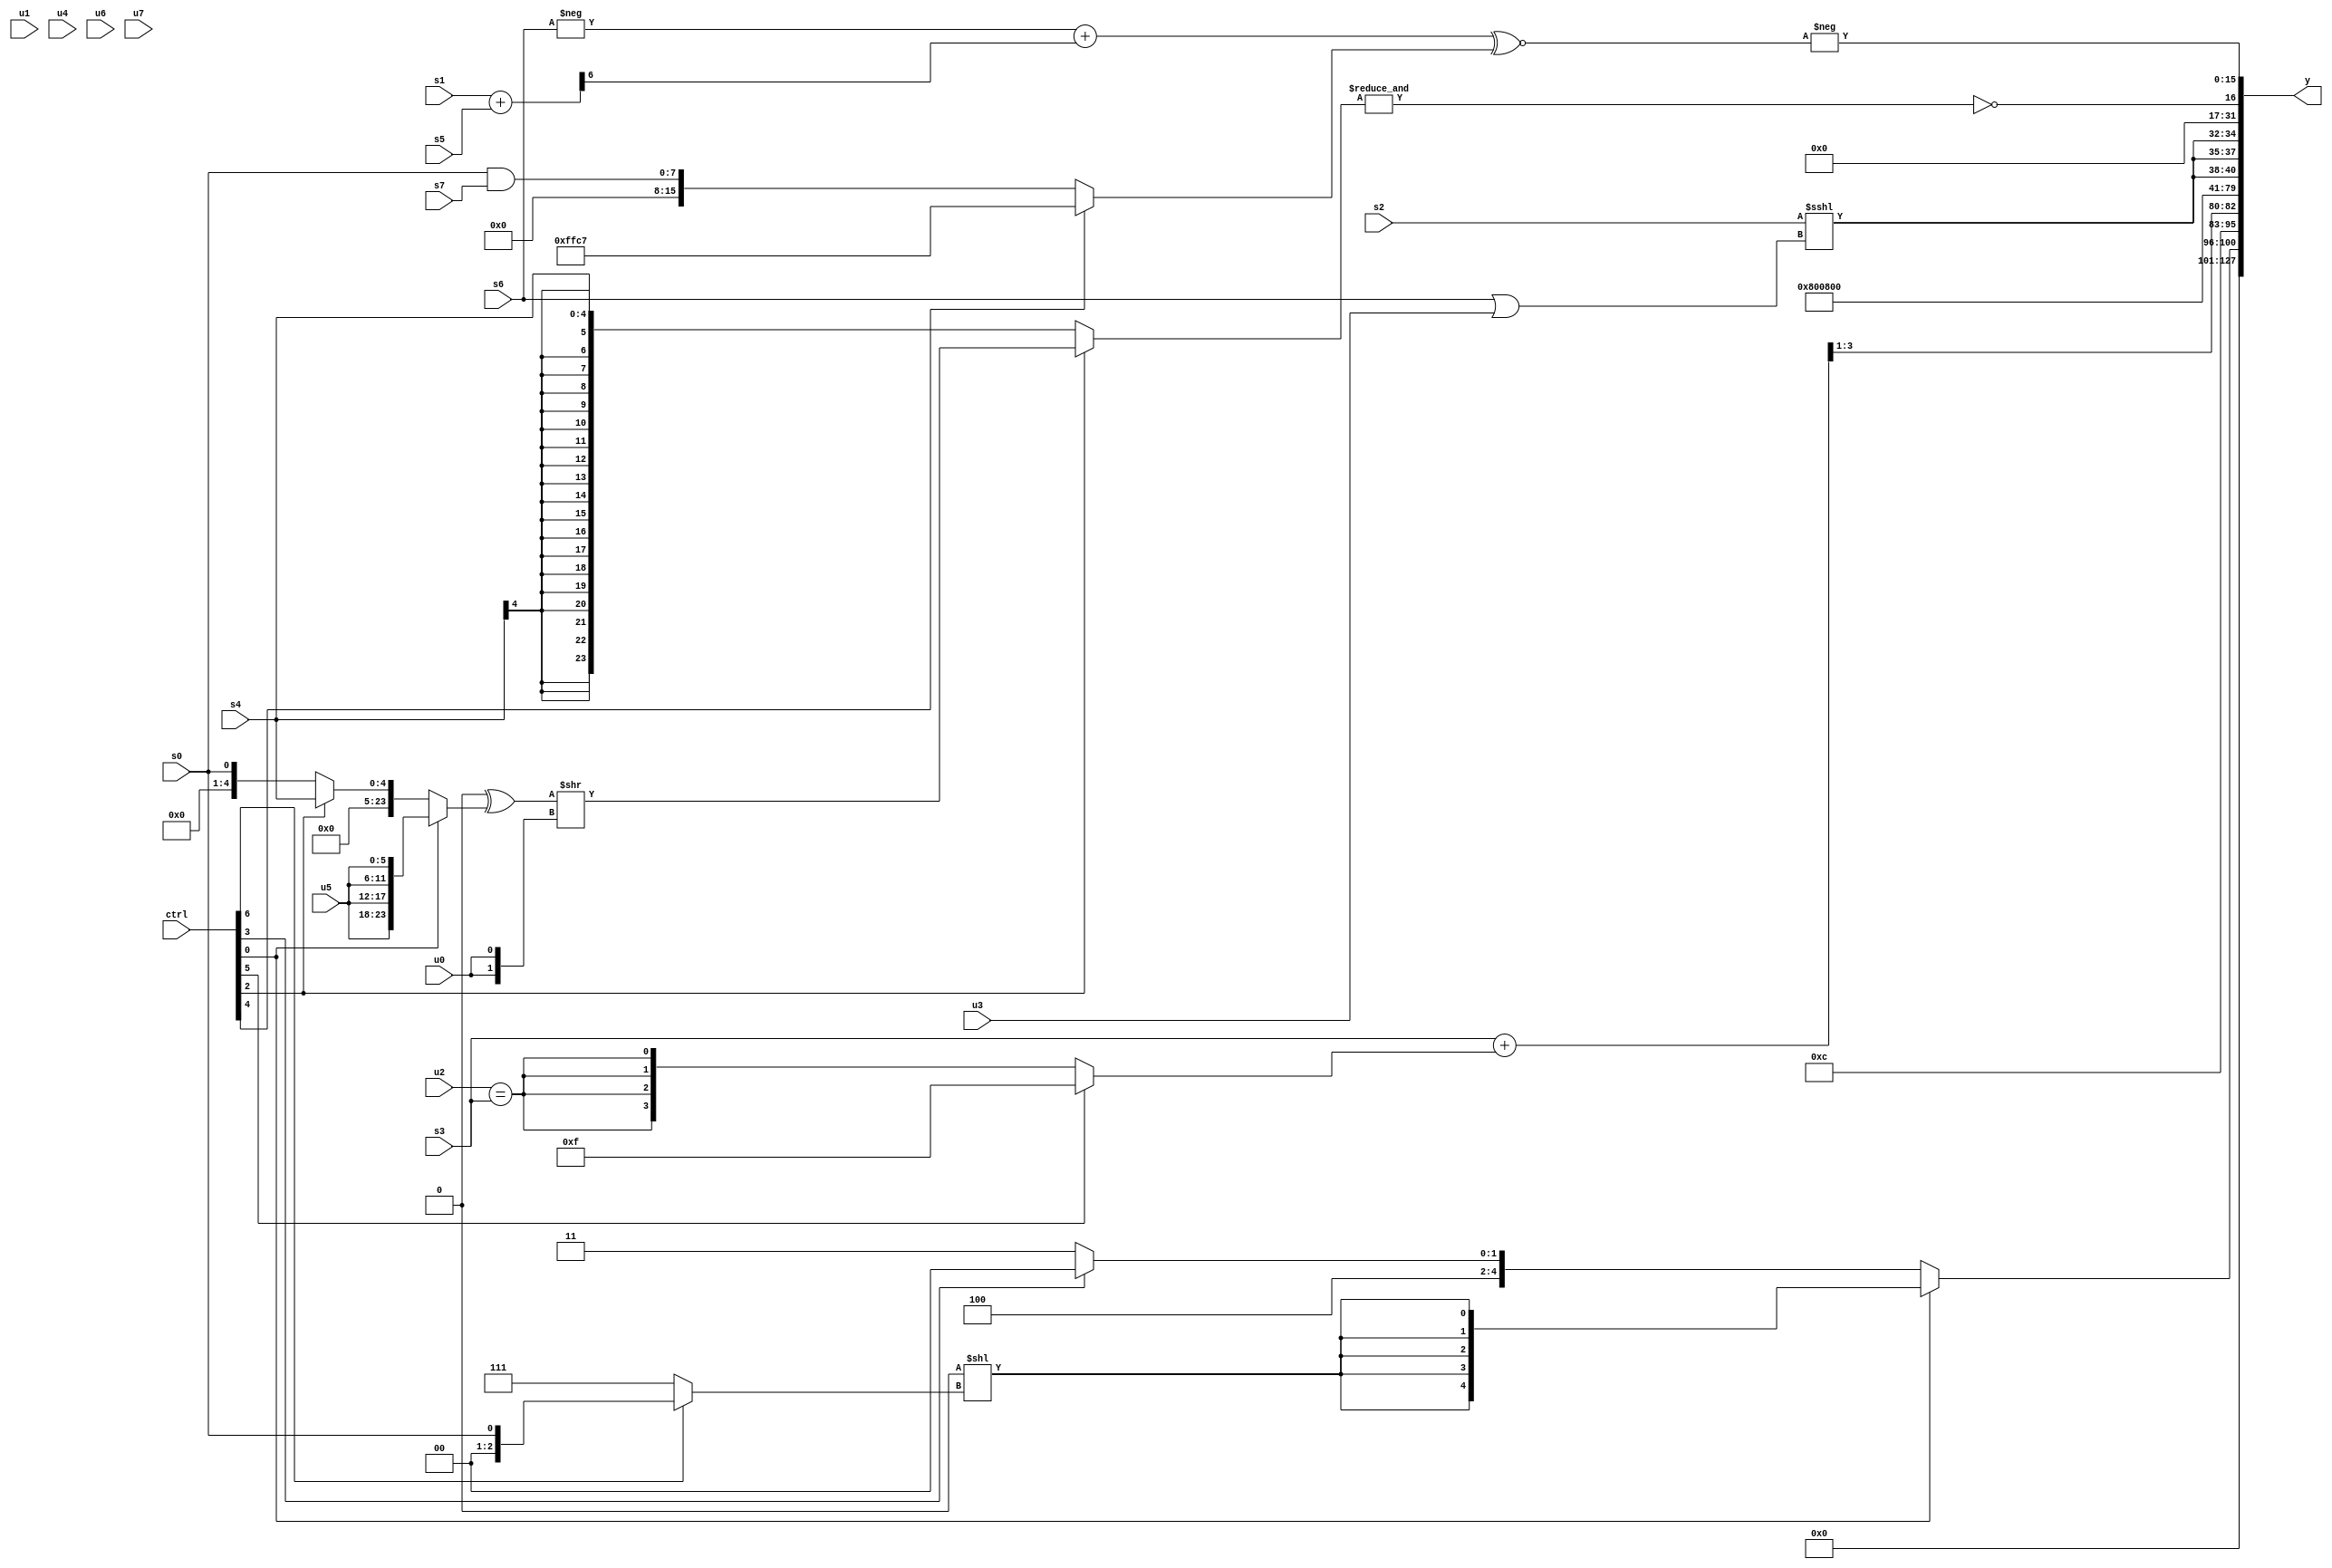
module wideexpr_00374(ctrl, u0, u1, u2, u3, u4, u5, u6, u7, s0, s1, s2, s3, s4, s5, s6, s7, y);
  input [7:0] ctrl;
  input [0:0] u0;
  input [1:0] u1;
  input [2:0] u2;
  input [3:0] u3;
  input [4:0] u4;
  input [5:0] u5;
  input [6:0] u6;
  input [7:0] u7;
  input signed [0:0] s0;
  input signed [1:0] s1;
  input signed [2:0] s2;
  input signed [3:0] s3;
  input signed [4:0] s4;
  input signed [5:0] s5;
  input signed [6:0] s6;
  input signed [7:0] s7;
  output [127:0] y;
  wire [15:0] y0;
  wire [15:0] y1;
  wire [15:0] y2;
  wire [15:0] y3;
  wire [15:0] y4;
  wire [15:0] y5;
  wire [15:0] y6;
  wire [15:0] y7;
  assign y = {y0,y1,y2,y3,y4,y5,y6,y7};
  assign y0 = 1'sb0;
  assign y1 = $unsigned((ctrl[0]?$signed((^(-(4'sb1011)))<<((ctrl[6]?s0:-(3'b001)))):+((ctrl[3]?-(+(5'sb10000)):5'sb10011))));
  assign y2 = {3'sb110,((s3)+(((ctrl[5]?1'sb1:$signed($unsigned((u2)==(s3)))))>>>(((((2'sb11)<<(s2))+(s0))<<(((s2)>=(2'sb00))>((s7)!=(5'b01101))))<<(5'sb00111))))>>(3'sb001)};
  assign y3 = +(6'sb000001);
  assign y4 = $unsigned(5'b10000);
  assign y5 = {{3{(s2)<<<((s6)|($signed(u3)))}}};
  assign y6 = ~&((ctrl[2]?$signed((({(1'sb0)==(5'sb01101)})^((ctrl[0]?{4{u5}}:(ctrl[2]?s4:s0))))>>({2{+(u0)}})):s4));
  assign y7 = -(((-(s6))+(((s1)+(s5))>>(-(6'b111010))))^~((ctrl[4]?-(6'b111001):(s0)&(+(s7)))));
endmodule